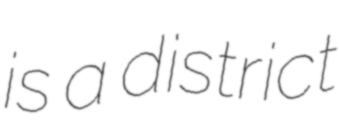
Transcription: is a district